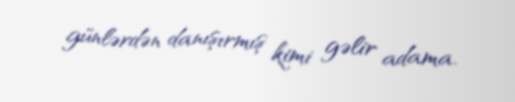
günlərdən danışırmış kimi gəlir adama.